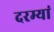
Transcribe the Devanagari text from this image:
दरम्यां